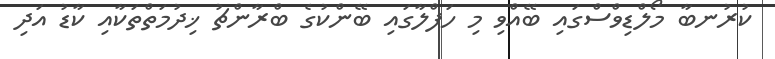
ކުރުނބާ މޯލްޑިވްސްގައި ބޭއްވި މި ހަފްލާގައި ބޭންކުގެ ބްރާންޗު ޚިދުމަތްތަކާއި ކާޑު އަދި